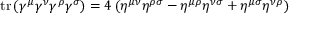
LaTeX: \operatorname { t r } \left( \gamma ^ { \mu } \gamma ^ { \nu } \gamma ^ { \rho } \gamma ^ { \sigma } \right) = 4 \left( \eta ^ { \mu \nu } \eta ^ { \rho \sigma } - \eta ^ { \mu \rho } \eta ^ { \nu \sigma } + \eta ^ { \mu \sigma } \eta ^ { \nu \rho } \right)